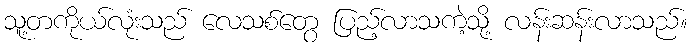
သူ့တကိုယ်လုံးသည် လေသစ်တွေ ပြည့်လာသကဲ့သို့ လန်းဆန်းလာသည်။